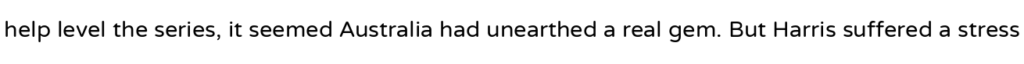
help level the series, it seemed Australia had unearthed a real gem. But Harris suffered a stress